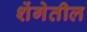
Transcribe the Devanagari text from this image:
शेंगेतील